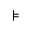
\models